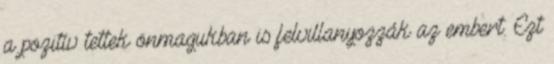
a pozitív tettek önmagukban is felvillanyozzák az embert. Ezt